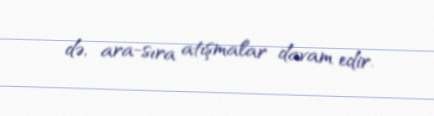
də, ara-sıra atışmalar davam edir.